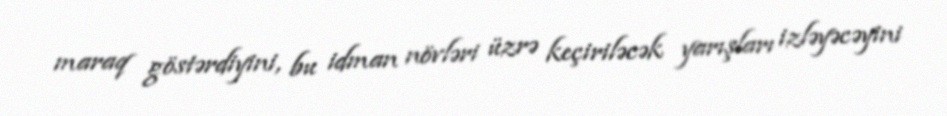
maraq göstərdiyini, bu idman növləri üzrə keçiriləcək yarışları izləyəcəyini